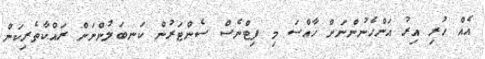
އެއް ހުރި އިރު އަންހެނުންނަށް ޚާއްސަ މި ފިޓްނެސް ސެންޓަރުން ކަނބަލުންނަށް ރައްކާތެރިކަން